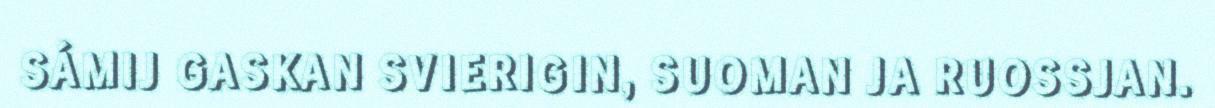
SÁMIJ GASKAN SVIERIGIN, SUOMAN JA RUOSSJAN.